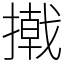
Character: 撠